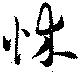
怵